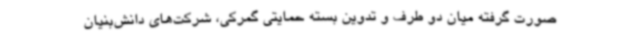
صورت گرفته میان دو طرف و تدوین بسته حمایتی گمرکی، شرکت‌های دانش‌بنیان